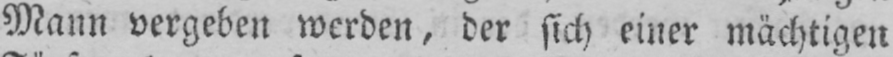
Mann vergeben werden, der sich einer mächtigen